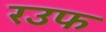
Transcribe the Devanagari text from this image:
रउफ